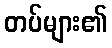
တပ်များ၏